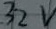
Text: 32v